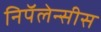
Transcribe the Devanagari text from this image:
निपॅलेन्सीस